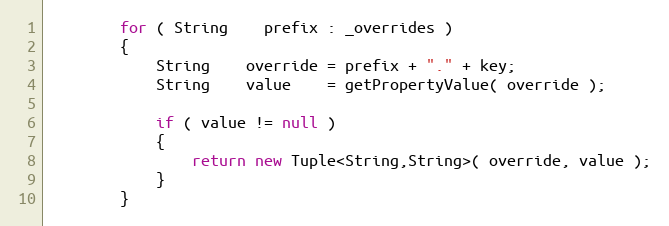
Language: Java
        for ( String    prefix : _overrides )
        {
            String    override = prefix + "." + key;
            String    value    = getPropertyValue( override );

            if ( value != null )
            {
                return new Tuple<String,String>( override, value );
            }
        }